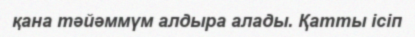
қана тәйәммүм алдыра алады. Қатты ісіп